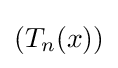
\left(T_{n}(x)\right)